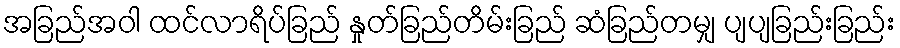
အခြည်အဝါ ထင်လာရိပ်ခြည် နှုတ်ခြည်တိမ်းခြည် ဆံခြည်တမျှ ပျပျခြည်းခြည်း